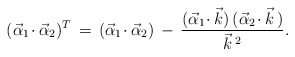
\begin{align*}(\vec\alpha_1\!\cdot\vec\alpha_2)^T\,=\,(\vec\alpha_1\!\cdot\vec\alpha_2)\,-\,{(\vec\alpha_1\!\cdot\vec k)\,(\vec\alpha_2\!\cdot\vec k\,)\over \vec k\,^2}.\end{align*}